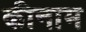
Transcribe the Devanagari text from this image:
कीनाम